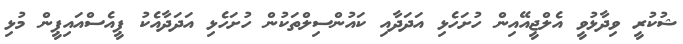
ޝުކުރީ ވިދާޅުވީ އެލްޖީއޭއިން ހުށަހެޅި އަދަދާއި ކައުންސިލްތަކުން ހުށަހެޅި އަދަދާއެކު ޕީއެސްއައިޕީން މުޅި